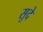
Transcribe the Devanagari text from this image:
सुदे